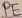
Text: PE